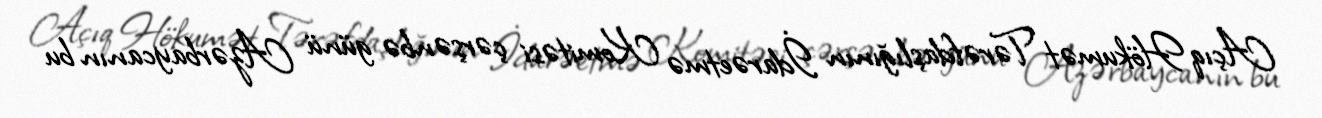
Açıq Hökumət Tərəfdaşlığının İdarəetmə Komitəsi çərşənbə günü Azərbaycanın bu